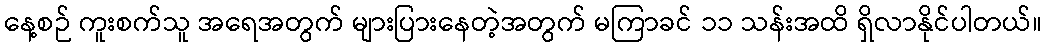
နေ့စဉ် ကူးစက်သူ အရေအတွက် များပြားနေတဲ့အတွက် မကြာခင် ၁၁ သန်းအထိ ရှိလာနိုင်ပါတယ်။